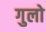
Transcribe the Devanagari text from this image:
गुलो